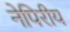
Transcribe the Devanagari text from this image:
नेपिरीय